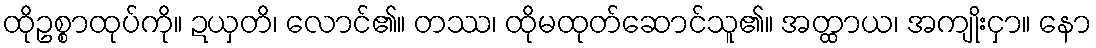
ထိုဥစ္စာထုပ်ကို။ ဍယှတိ၊ လောင်၏။ တဿ၊ ထိုမထုတ်ဆောင်သူ၏။ အတ္ထာယ၊ အကျိုးငှာ။ နော